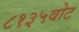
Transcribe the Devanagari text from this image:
८१३५वोट